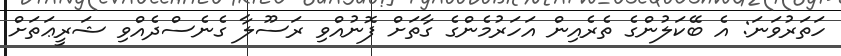
ހަތަރުވަނަ: އެ ބޭކަލުންގެ ތެރެއިން އަހަރުމެންގެ ގާތަށް ފޮނުއްވި ރަސޫލާ ގެނެސްދެއްވި ޝަރީޢަތަށް